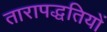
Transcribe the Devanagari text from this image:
तारापद्धतियों